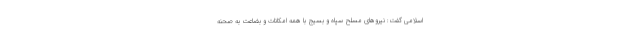
اسلامی گفت: نیروهای مسلح سپاه و بسیج با همه امکانات و بضاعت به صحنه